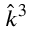
\hat { k } ^ { 3 }